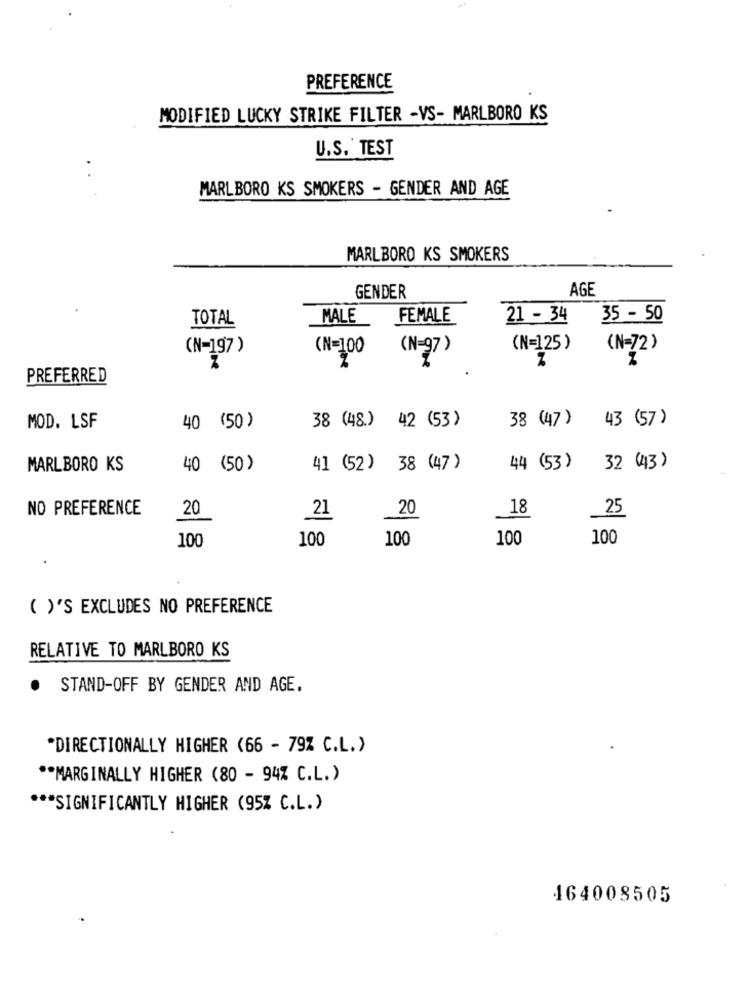
PREFERENCE
MODIFIED LUCKY STRIKE FILTER -VS- MARLBORO KS
U.S. TEST
MARLBORO KS SMOKERS - GENDER AND AGE
MARLBORO KS SMOKERS
AGE
GENDER
TOTAL
MALE
FEMALE
21 - 34
35 - 50
(N-197 )
(N=100
(N=125)
(N-72)
(N-27)
PREFERRED
38 (48.)
42 (53)
38 (47 )
43 (57)
MOD. LSF
40 (50)
MARLBORO KS
40 (50)
41 (52)
38 (47)
44 (53)
32 (43)
NO PREFERENCE
20
21
20
18
25
100
100
100
100
100
( )'S EXCLUDES NO PREFERENCE
RELATIVE TO MARLBORO KS
.
STAND-OFF BY GENDER AND AGE.
*DIRECTIONALLY HIGHER (66 - 79% C.L. )
** MARGINALLY HIGHER (80 - 94% C.L.)
*** SIGNIFICANTLY HIGHER (95% C.L.)
164008505